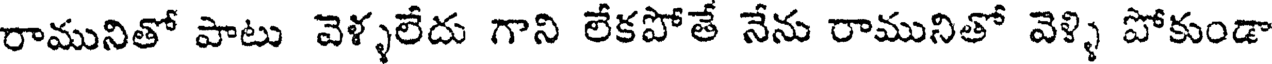
రామునితో పాటు వెళ్ళలేదు గాని లేకపోతే నేను రామునితో వెళ్ళి పోకుండా